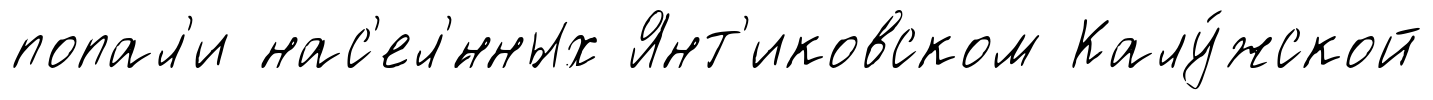
попал'и нас'ел'́нных Янт'иковском Калу́жской